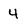
Character: 4